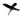
Text: x